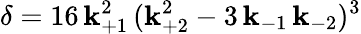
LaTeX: \delta=16\, \mathbf{k}_{+1}^{2}\, (\mathbf{k}_{+2}^{2}-3\, \mathbf{k}_{-1}\, \mathbf{k}_{-2})^{3}